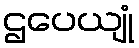
ဌပေယျုံ